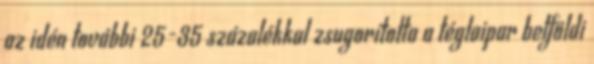
az idén további 25-35 százalékkal zsugorította a téglaipar belföldi